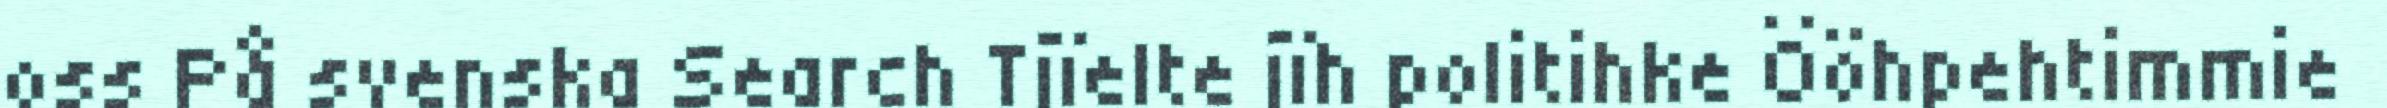
oss På svenska Search Tjïelte jïh politihke Ööhpehtimmie